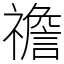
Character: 䄡